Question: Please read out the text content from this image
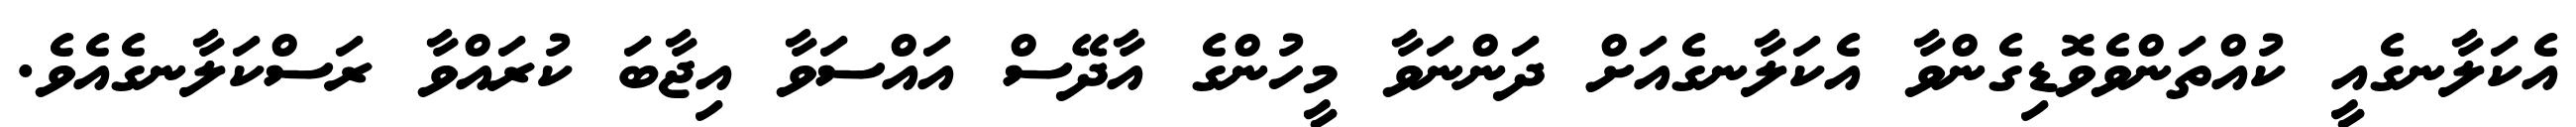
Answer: އެކަލާނގެއީ ކުއްތަންވެވޮޑިގެންވާ އެކަލާނގެއަށް ދަންނަވާ މީހުންގެ އާދޭސް އައްސަވާ އިޖާބަ ކުރައްވާ ރަސްކަލާނގެއެވެ.